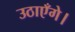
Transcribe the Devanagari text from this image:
उठाएँगे।